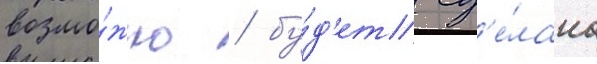
возмо́жно / бу́д'ет сд'е́лана